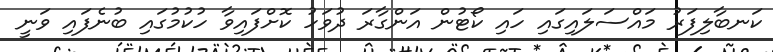
ކަނބާލިފަރު މައްސަލައިގައި ހައި ކޯޓުން އަންގާރަ ދުވަހު ކޮށްފައިވާ ހުކުމުގައި ބުނެފައި ވަނީ